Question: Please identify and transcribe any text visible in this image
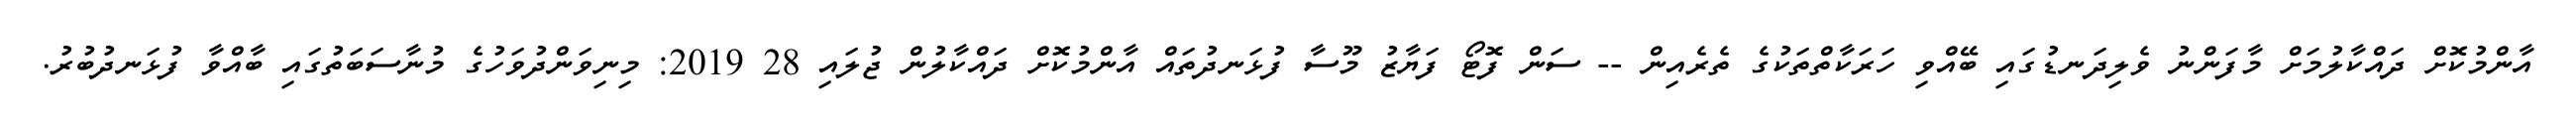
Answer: އާންމުކޮށް ދައްކާލުމަށް މާފަންނު ވެލިދަނޑުގައި ބޭއްވި ހަރަކާތްތަކުގެ ތެރެއިން -- ސަން ފޮޓޯ ފަޔާޒު މޫސާ ފުޅަނދުތައް އާންމުކޮށް ދައްކާލުން ޖުލައި 28 2019: މިނިވަންދުވަހުގެ މުނާސަބަތުގައި ބާއްވާ ފުޅަނދުބުރު.